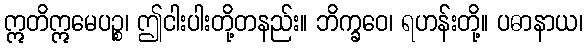
ဣတိဣမေပဉ္စ၊ ဤငါးပါးတို့တနည်း။ ဘိက္ခဝေ၊ ရဟန်းတို့။ ပဓာနာယ၊